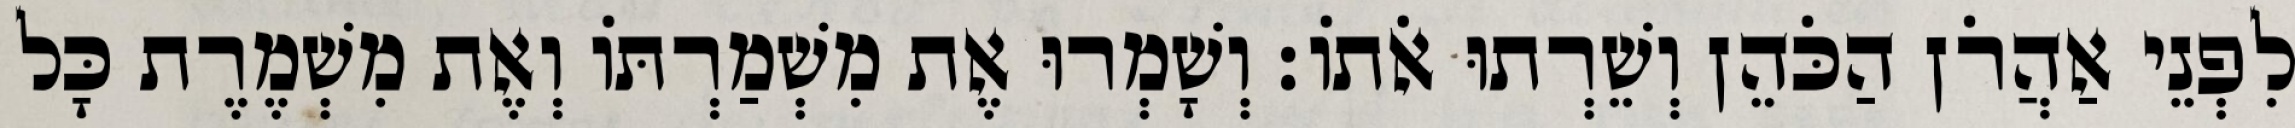
לִפְנֵי אַהֲרֹן הַכֹּהֵן וְשֵׁרְתוּ אֹתוֹ׃ וְשָׁמְרוּ אֶת מִשְׁמַרְתּוֹ וְאֶת מִשְׁמֶרֶת כָּל